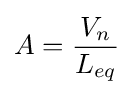
A={\frac {V_{n}}{L_{eq}}}